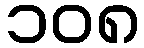
၁၀၈